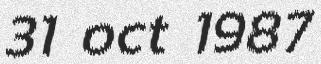
31 oct 1987